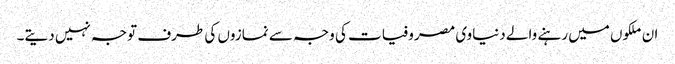
ان ملکوں میں رہنے والے دنیاوی مصروفیات کی وجہ سے نمازوں کی طرف توجہ نہیں دیتے۔